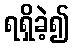
ရရှိခဲ့၍